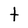
Character: t